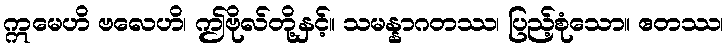
ဣမေဟိ ဗလေဟိ၊ ဤဗိုလ်တို့နှင့်။ သမန္နာဂတဿ၊ ပြည့်စုံသော။ ဧတဿ၊